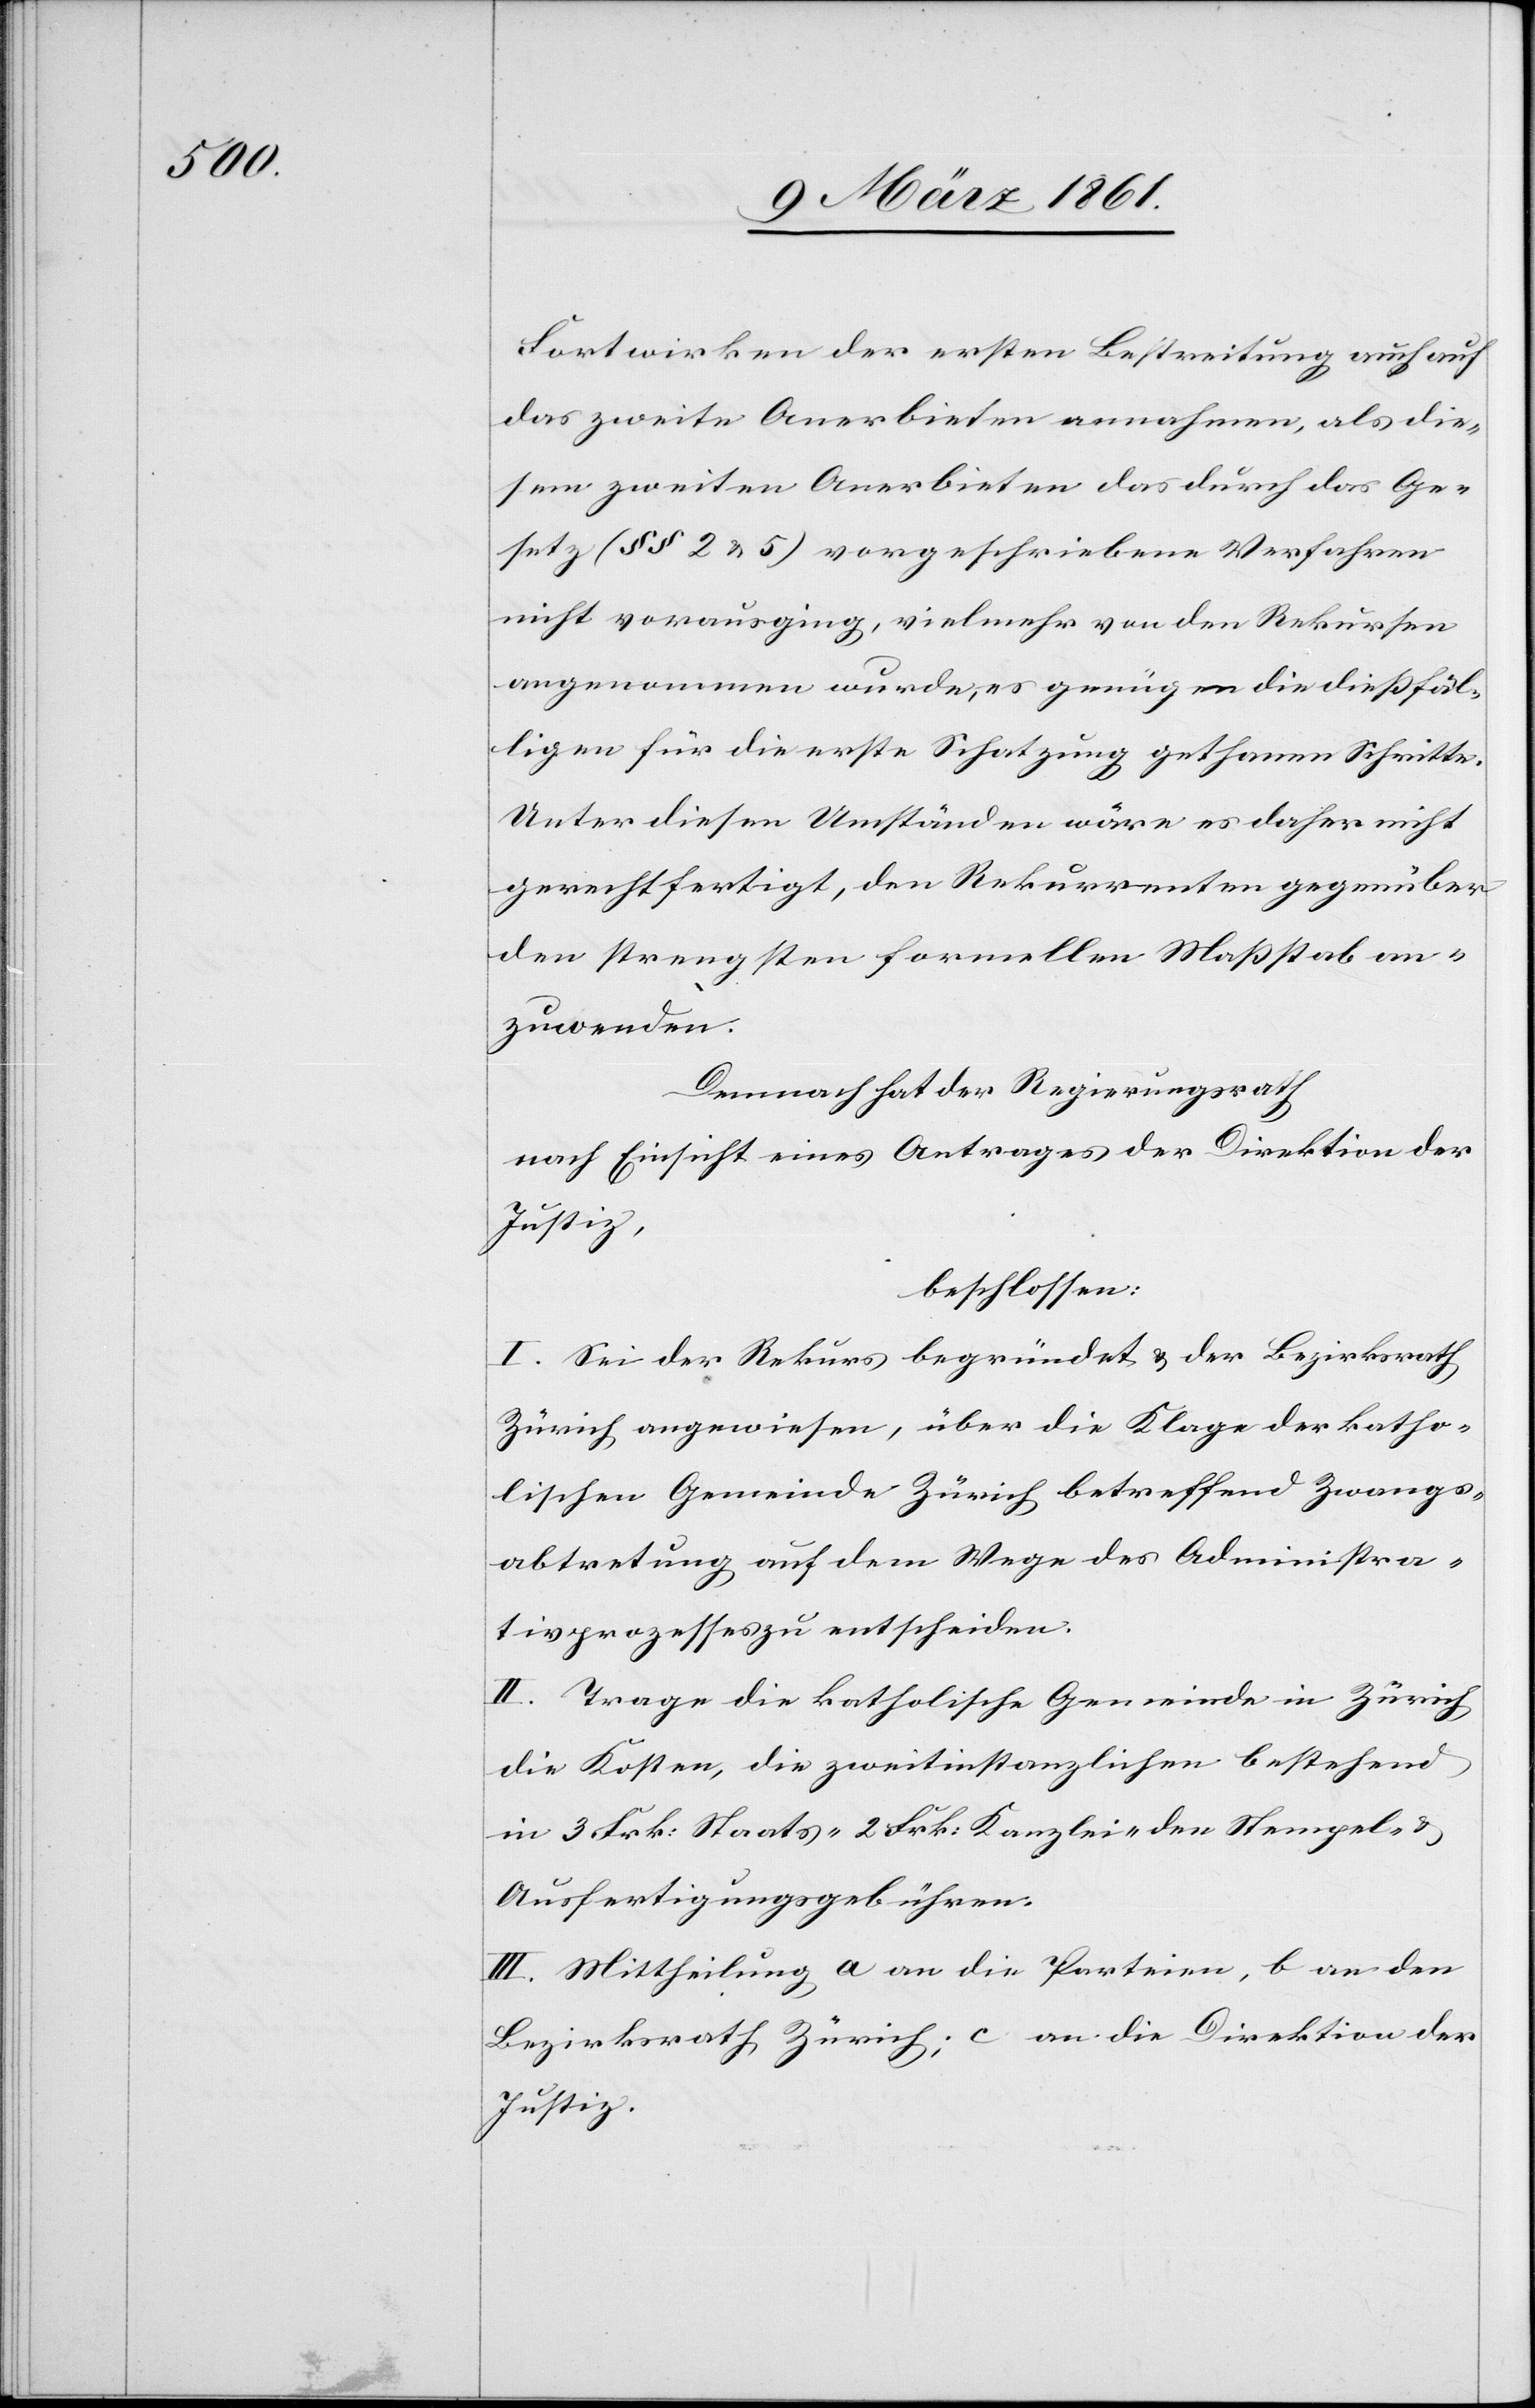
Fortwirken der ersten Bestreitung auch auf
das zweite Anerbieten annahmen, als die¬
sem zweiten Anerbieten das durch das Ge¬
setz (§§ 2 u. 5) vorgeschriebene Verfahren
nicht vorausging, vielmehr von den Rekursen
angenommen wurde, es genügen die diesfäl¬
ligen für die erste Schatzung gethanen Schritte.
Unter diesen Umständen wäre es daher nicht
gerechtfertigt, den Rekurrenten gegenüber
den strengsten formellen Massstab an¬
zuwenden.
Demnach hat der Regierungsrath
nach Einsicht eines Antrages der Direktion der
Justiz,
beschlossen:
I. Sei der Rekurs begründet u. der Bezirksrath
Zürich angewiesen, über die Klage der katho¬
lischen Gemeinde Zürich betreffend Zwangs¬
abtretung auf dem Wege des Administra¬
tivprozesses zu entscheiden.
II. Trage die katholische Gemeinde in Zürich
die Kosten, die zweitinstanzlichen bestehend
in 3 Frk: Staats-[,] 2 Frk: Kanzlei-[,] den Stempel- u.
Ausfertigungsgebühren.
III. Mittheilung a an die Parteien, b an den
Bezirksrath Zürich; c an die Direktion der
Justiz.